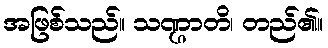
အဖြစ်သည်။ သဏ္ဌာတိ၊ တည်၏။